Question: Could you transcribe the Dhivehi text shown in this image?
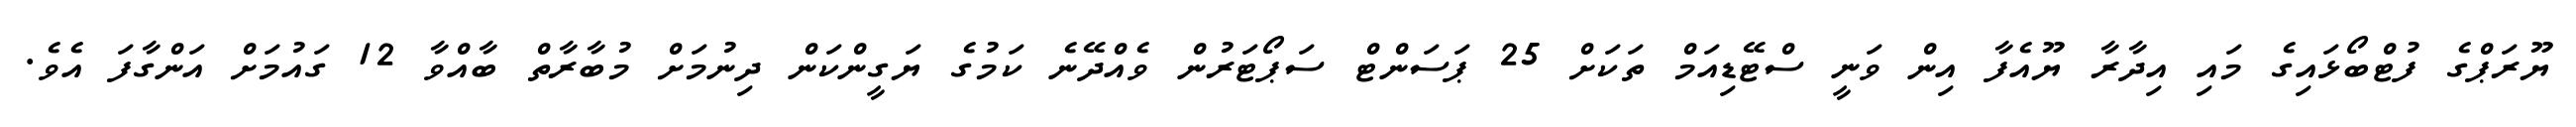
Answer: ޔޫރަޕްގެ ފުޓްބޯޅައިގެ މައި އިދާރާ ޔޫއެފާ އިން ވަނީ ސްޓޭޑިއަމް ތަކަށް 25 ޕަސަންޓް ސަޕޯޓަރުން ވެއްދޭނެ ކަމުގެ ޔަގީންކަން ދިނުމަށް މުބާރާތް ބާއްވާ 12 ގައުމަށް އަންގާފަ އެވެ.